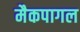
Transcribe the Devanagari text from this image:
मैकपागल